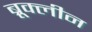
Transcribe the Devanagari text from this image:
ब्रूक्लीन